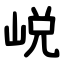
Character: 㟋